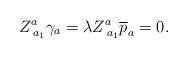
LaTeX: \begin{align*}Z_{\;a_1}^a\gamma _a=\lambda Z_{\;a_1}^a\overline{p}_a=0.\end{align*}